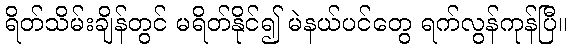
ရိတ်သိမ်းချိန်တွင် မရိတ်နိုင်၍ မဲနယ်ပင်တွေ ရက်လွန်ကုန်ပြီ။